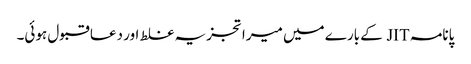
پانامہ JIT کے بارے میں میرا تجزیہ غلط اور دعا قبول ہوئی۔